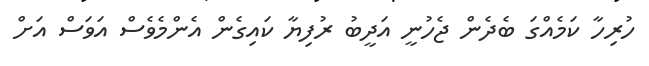
ހުރިހާ ކަމެއްގަ ބެދެން ޖެހުނީ އަދީބު ރުފިޔާ ކައިގެން އެންމެވެސް އަވަސް އަށް